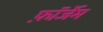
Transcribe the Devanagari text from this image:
फ़ॉर्जेम